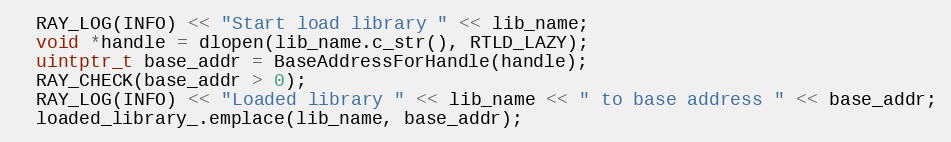
Language: C++
  RAY_LOG(INFO) << "Start load library " << lib_name;
  void *handle = dlopen(lib_name.c_str(), RTLD_LAZY);
  uintptr_t base_addr = BaseAddressForHandle(handle);
  RAY_CHECK(base_addr > 0);
  RAY_LOG(INFO) << "Loaded library " << lib_name << " to base address " << base_addr;
  loaded_library_.emplace(lib_name, base_addr);